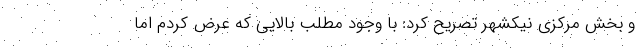
و بخش مرکزی نیکشهر تصریح کرد: با وجود مطلب بالایی که عرض کردم اما